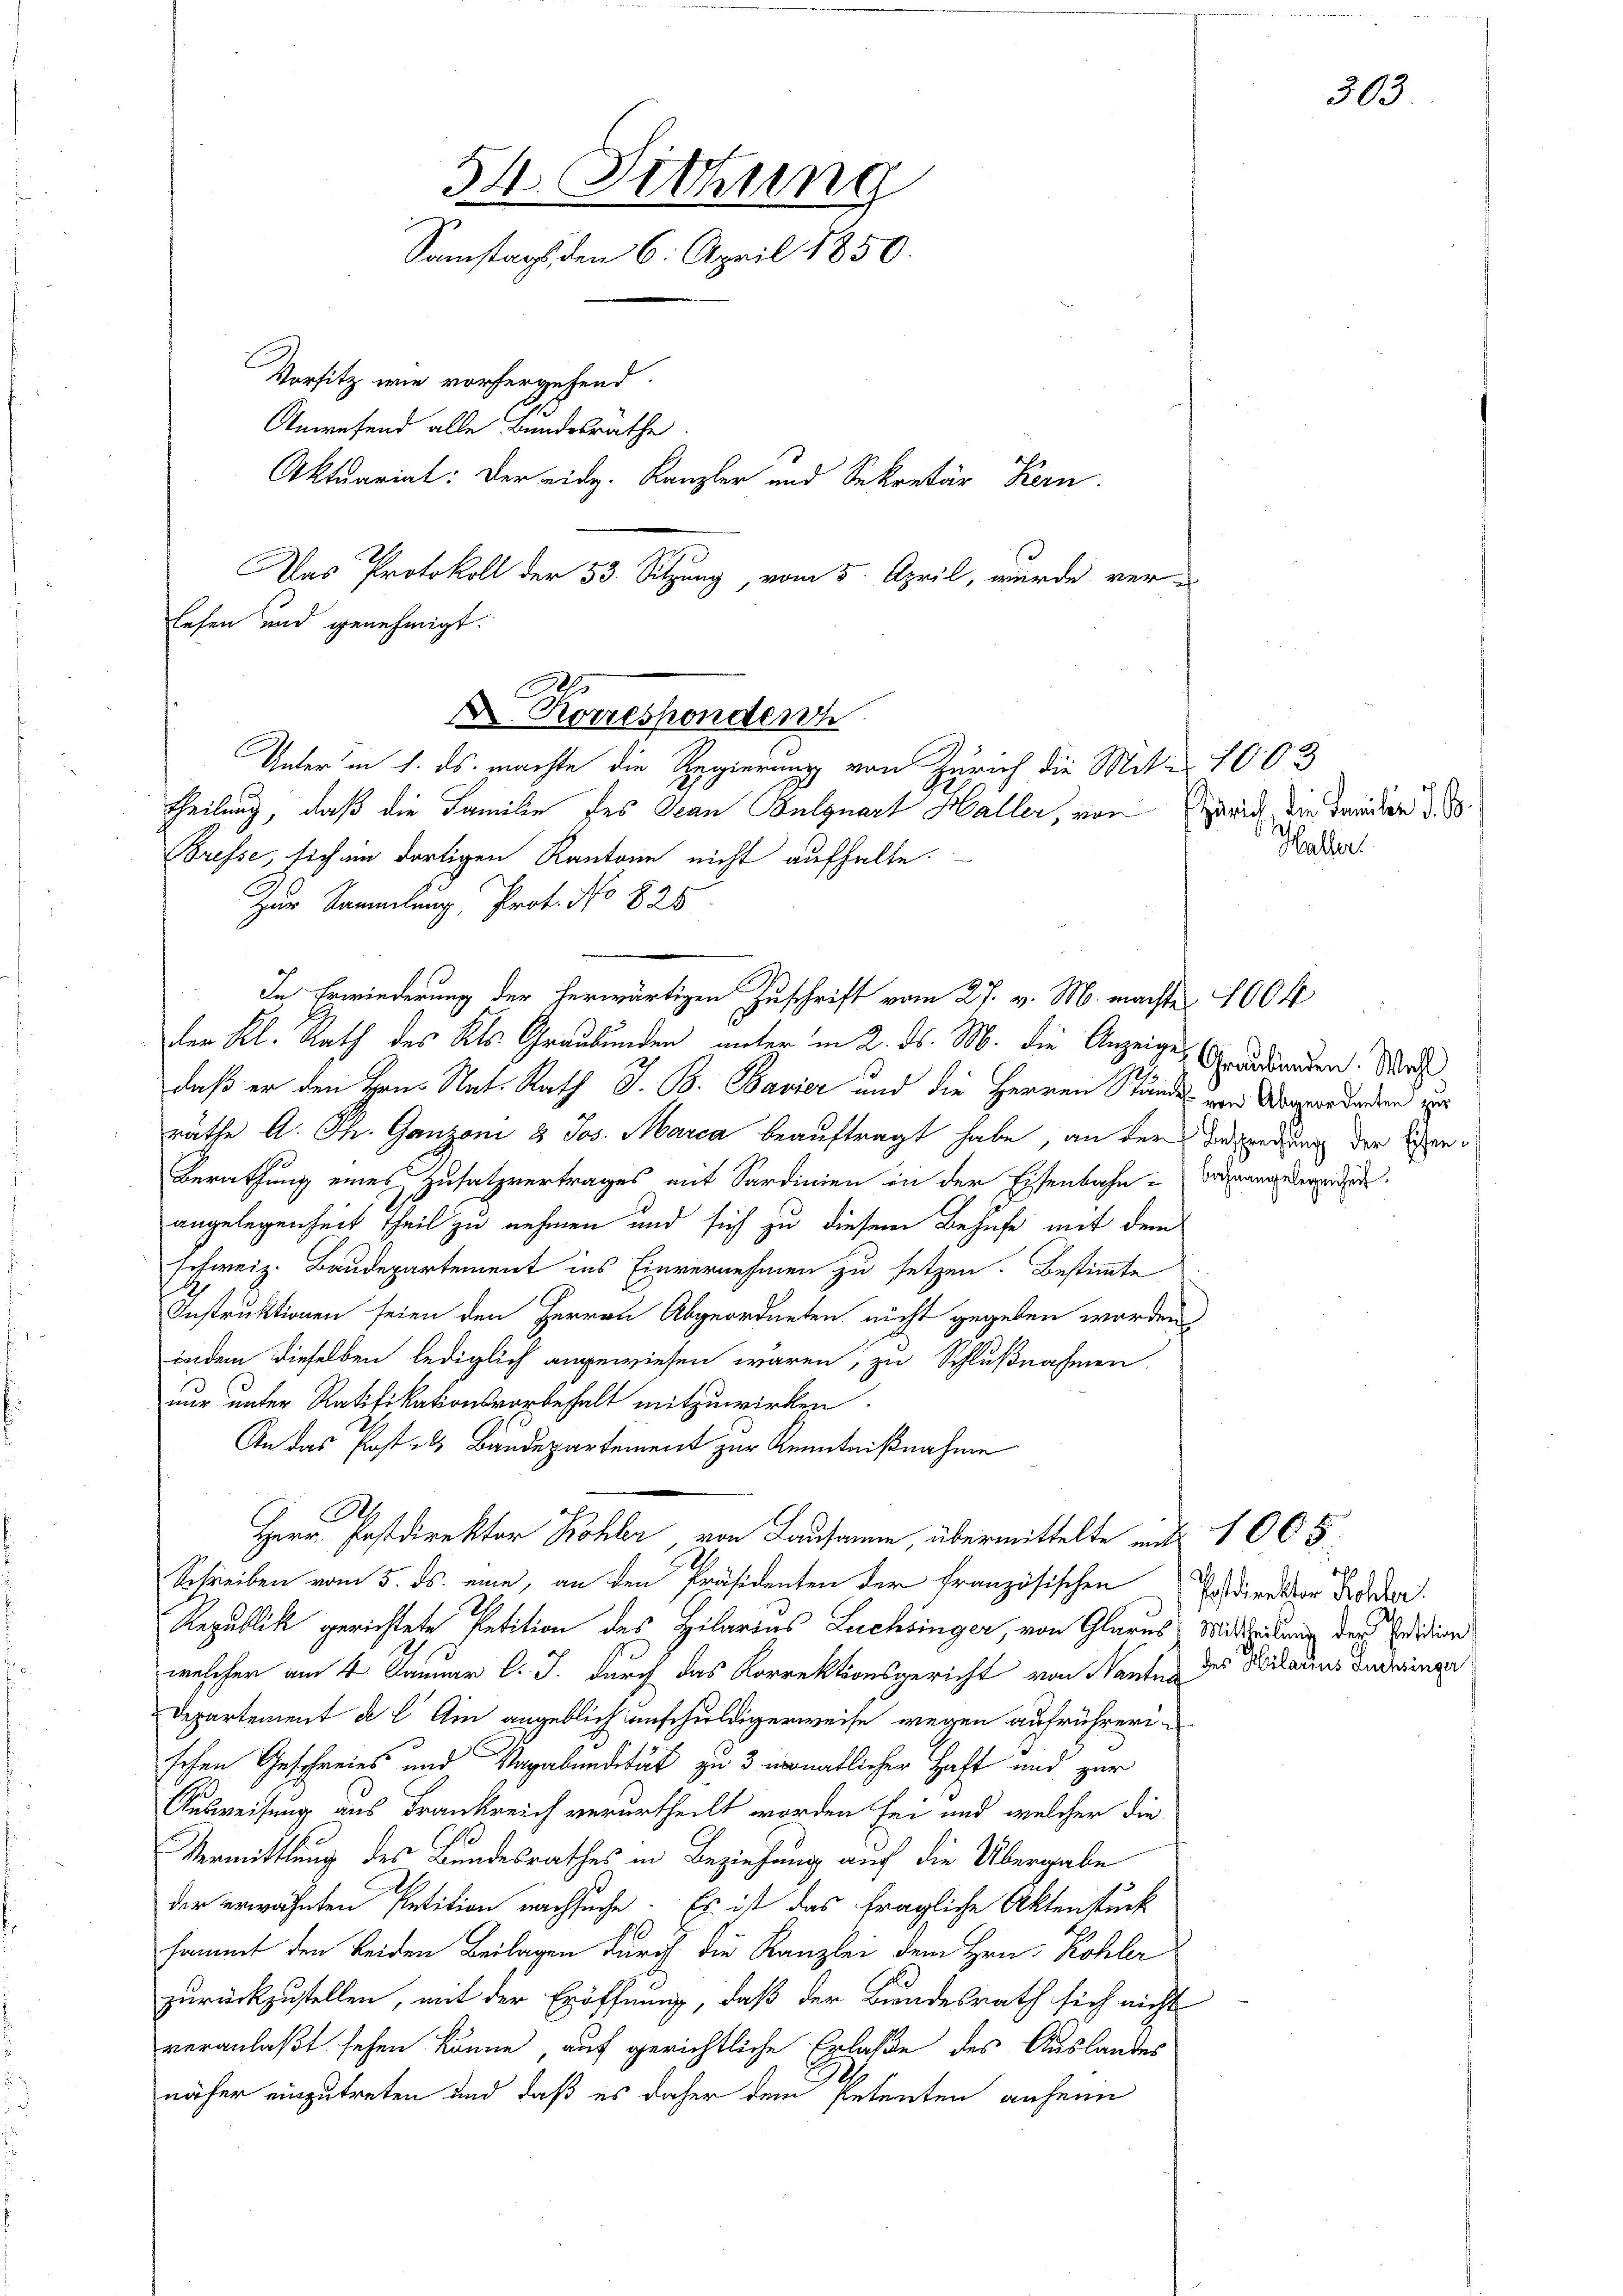
54. Sitzung
Samstags den 6. April 1850.
Vorsitz wie vorhergehend.
Anwesend alle Bundesräthe.
Aktuariat: Der eidg. Kanzler und Sekretär Kern
Das Protokoll der 53. Sitzung, vom 5. April, wurde verlesen und genehmigt.

Korrespondern
Unter in 1. ds. machte die Regierung von Zürich die Mit 1003
Theilung, daß die Familie des Jean Bulquart Haller, von

der Kl. Rath des Kts. Graubünden unter in 2. ds. M. die Anzeigen Grandorden. Wass
daß er den Hrn. Nat. Rath J. B. Bavier und die Herren Stände von Verordenden zur
räthe A. Th. Ganzoni & Jos. Marca beauftragt habe, an der Bestrechung der Eisen¬
Berathung eines Zusatzvertrages mit Sardinien in der Eisenbahn-Ordnung werden.
angelegenheit theil zu nehmen und sich zu diesem Behufe mit dem
schweiz. Baudepartement ins Einvernehmen zu setzen. Bestimmte
Instruktionen seien den Herren Abgeordneten nicht gegeben worden
indem dieselben lediglich angewiesen wären, zu Schlußnahmen.
nur unter Ratifikationsvorbehalt mitzuwirken.
An das Post- & Baudepartement zur Kenntnißnahme
A
Herr Postdirektor Röhler von Lausanne, übermittelte mit 1005.
Schreiben vom 5. ds. eine, an den Präsidenten der französischen
Republik gerichtete Petition des Hilarius Luchbinger, von Glarus Mittheilung der ein
welcher am 4. Januar l. J. durch das Korrektionsgericht von Nantna
Departement de l. Am angeblich unschuldigerweise wegen aufrührerischen Geschreies und Vagabundstät zu 3 monatlicher Haft und zur
Ausweisung aus Frankreich verurtheilt worden sei und welcher die
Vermittlung des Bundesrathes in Beziehung auf die Übergabe
der erwähnten Petition nachsuche. Es ist das fragliche Aktenstück
sammt den beiden Beilagen durch die Kanzlei dem Hrn. Kohler
zurückzustellen, mit der Eröffnung, daß der Bundesrath sich nicht
veranlaßt sehen könne, auf gerichtliche Erlasse des Auslandes
näher einzutreten und daß es daher dem Petenten anhein

Brefse, sich im dortigen Kantone nicht aufhalte.
Zur Sammlung, Prot. No 825

In Erwiederung der herwärtigen Zuschrift vom 27. v. M. machte 1004

Zürich die Familien d. B.
Haller.

303

Postdirektor Kohler.
des Hilarius Fuchsinger